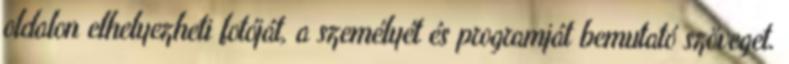
oldalon elhelyezheti fotóját, a személyét és programját bemutató szöveget.